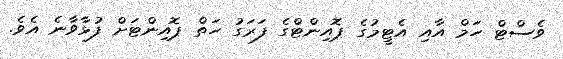
ވެސްޓް ހަމް އާއި އެޓީމުގެ ޕޮއިންޓްގެ ފަރަގު ހަތް ޕޮއިންޓަށް ފުޅާވާނެ އެވެ.